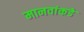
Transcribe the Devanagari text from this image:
मानवांकडे